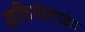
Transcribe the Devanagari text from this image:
ओफियोलाईट